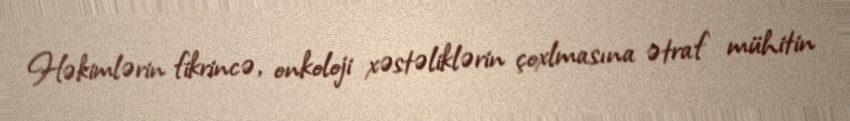
Həkimlərin fikrincə, onkoloji xəstəliklərin çoxlmasına ətraf mühitin